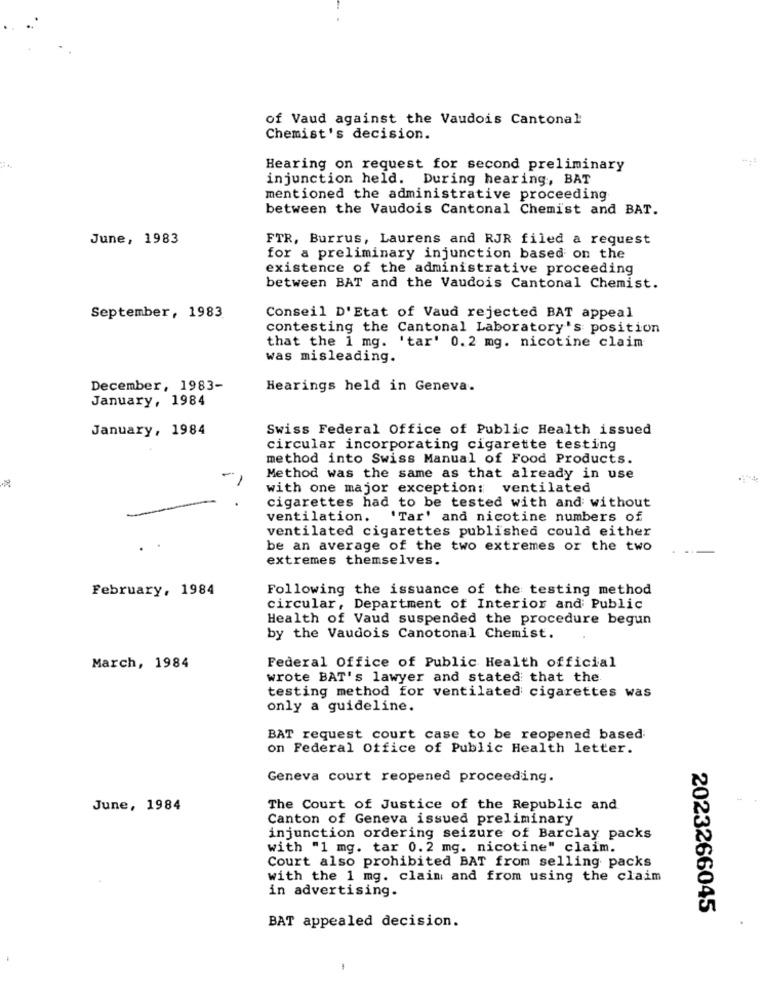
of Vaud against the Vaudois Cantonal
Chemist's decision.
Hearing on request for second preliminary
injunction held. During hearing, BAT
mentioned the administrative proceeding
between the Vaudois Cantonal Chemist and BAT.
June, 1983
FTR, Burrus, Laurens and RJR filed a request
for a preliminary injunction based on the
existence of the administrative proceeding
between BAT and the Vaudois Cantonal Chemist.
September, 1983
Conseil D'Etat of Vaud rejected BAT appeal
contesting the Cantonal Laboratory's position
that the 1 mg. 'tar' 0.2 mg. nicotine claim
was misleading.
December, 1983-
Hearings held in Geneva.
January, 1984
January, 1984
Swiss Federal Office of Public Health issued
circular incorporating cigarette testing
method into Swiss Manual of Food Products.
Method was the same as that already in use
with one major exception: ventilated
cigarettes had to be tested with and without
ventilation.
"'Tar' and nicotine numbers of
ventilated cigarettes published could either
be an average of the two extremes or the two
extremes themselves.
February, 1984
Following the issuance of the testing method
circular, Department of Interior and Public
Health of Vaud suspended the procedure begun
by the Vaudois Canotonal Chemist.
Federal Office of Public Health official
March, 1984
wrote BAT's lawyer and stated that the
testing method for ventilated cigarettes was
only a guideline.
BAT request court case to be reopened based
on Federal Office of Public Health letter.
Geneva court reopened proceeding.
June, 1984
The Court of Justice of the Republic and
Canton of Geneva issued preliminary
injunction ordering seizure of Barclay packs
with "1 mg. tar 0.2 mg. nicotine" claim.
Court also prohibited BAT from selling packs
with the 1 mg. claim and from using the claim
in advertising.
2023266045
BAT appealed decision.